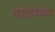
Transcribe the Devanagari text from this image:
फोटोकैथोड